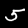
Digit: 5